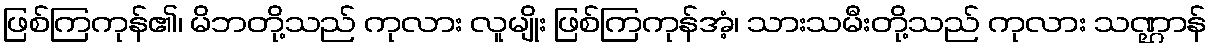
ဖြစ်ကြကုန်၏၊ မိဘတို့သည် ကုလား လူမျိုး ဖြစ်ကြကုန်အံ့၊ သားသမီးတို့သည် ကုလား သဏ္ဌာန်